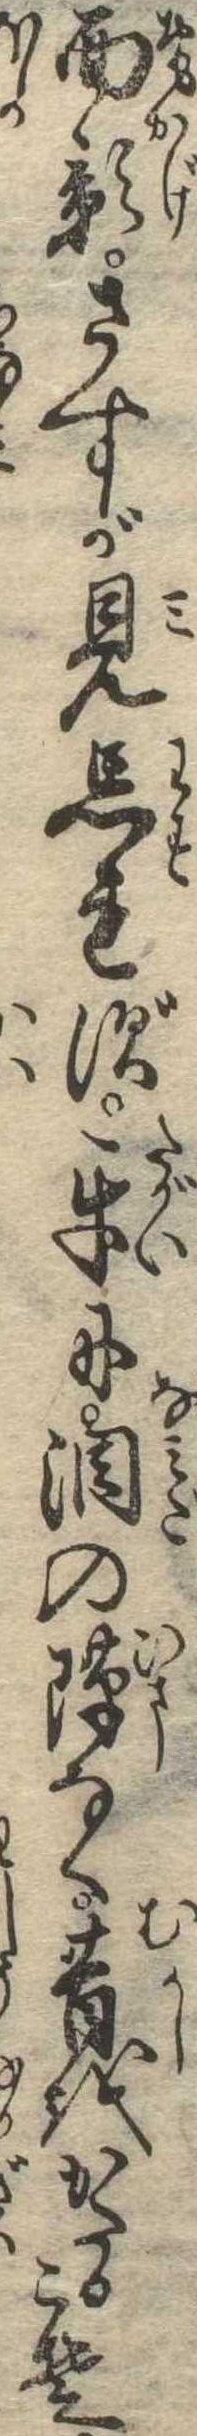
面影さすが見忘れず互に涙の隙なく昔をかたるこそ